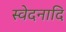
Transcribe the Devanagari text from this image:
स्वेदनादि